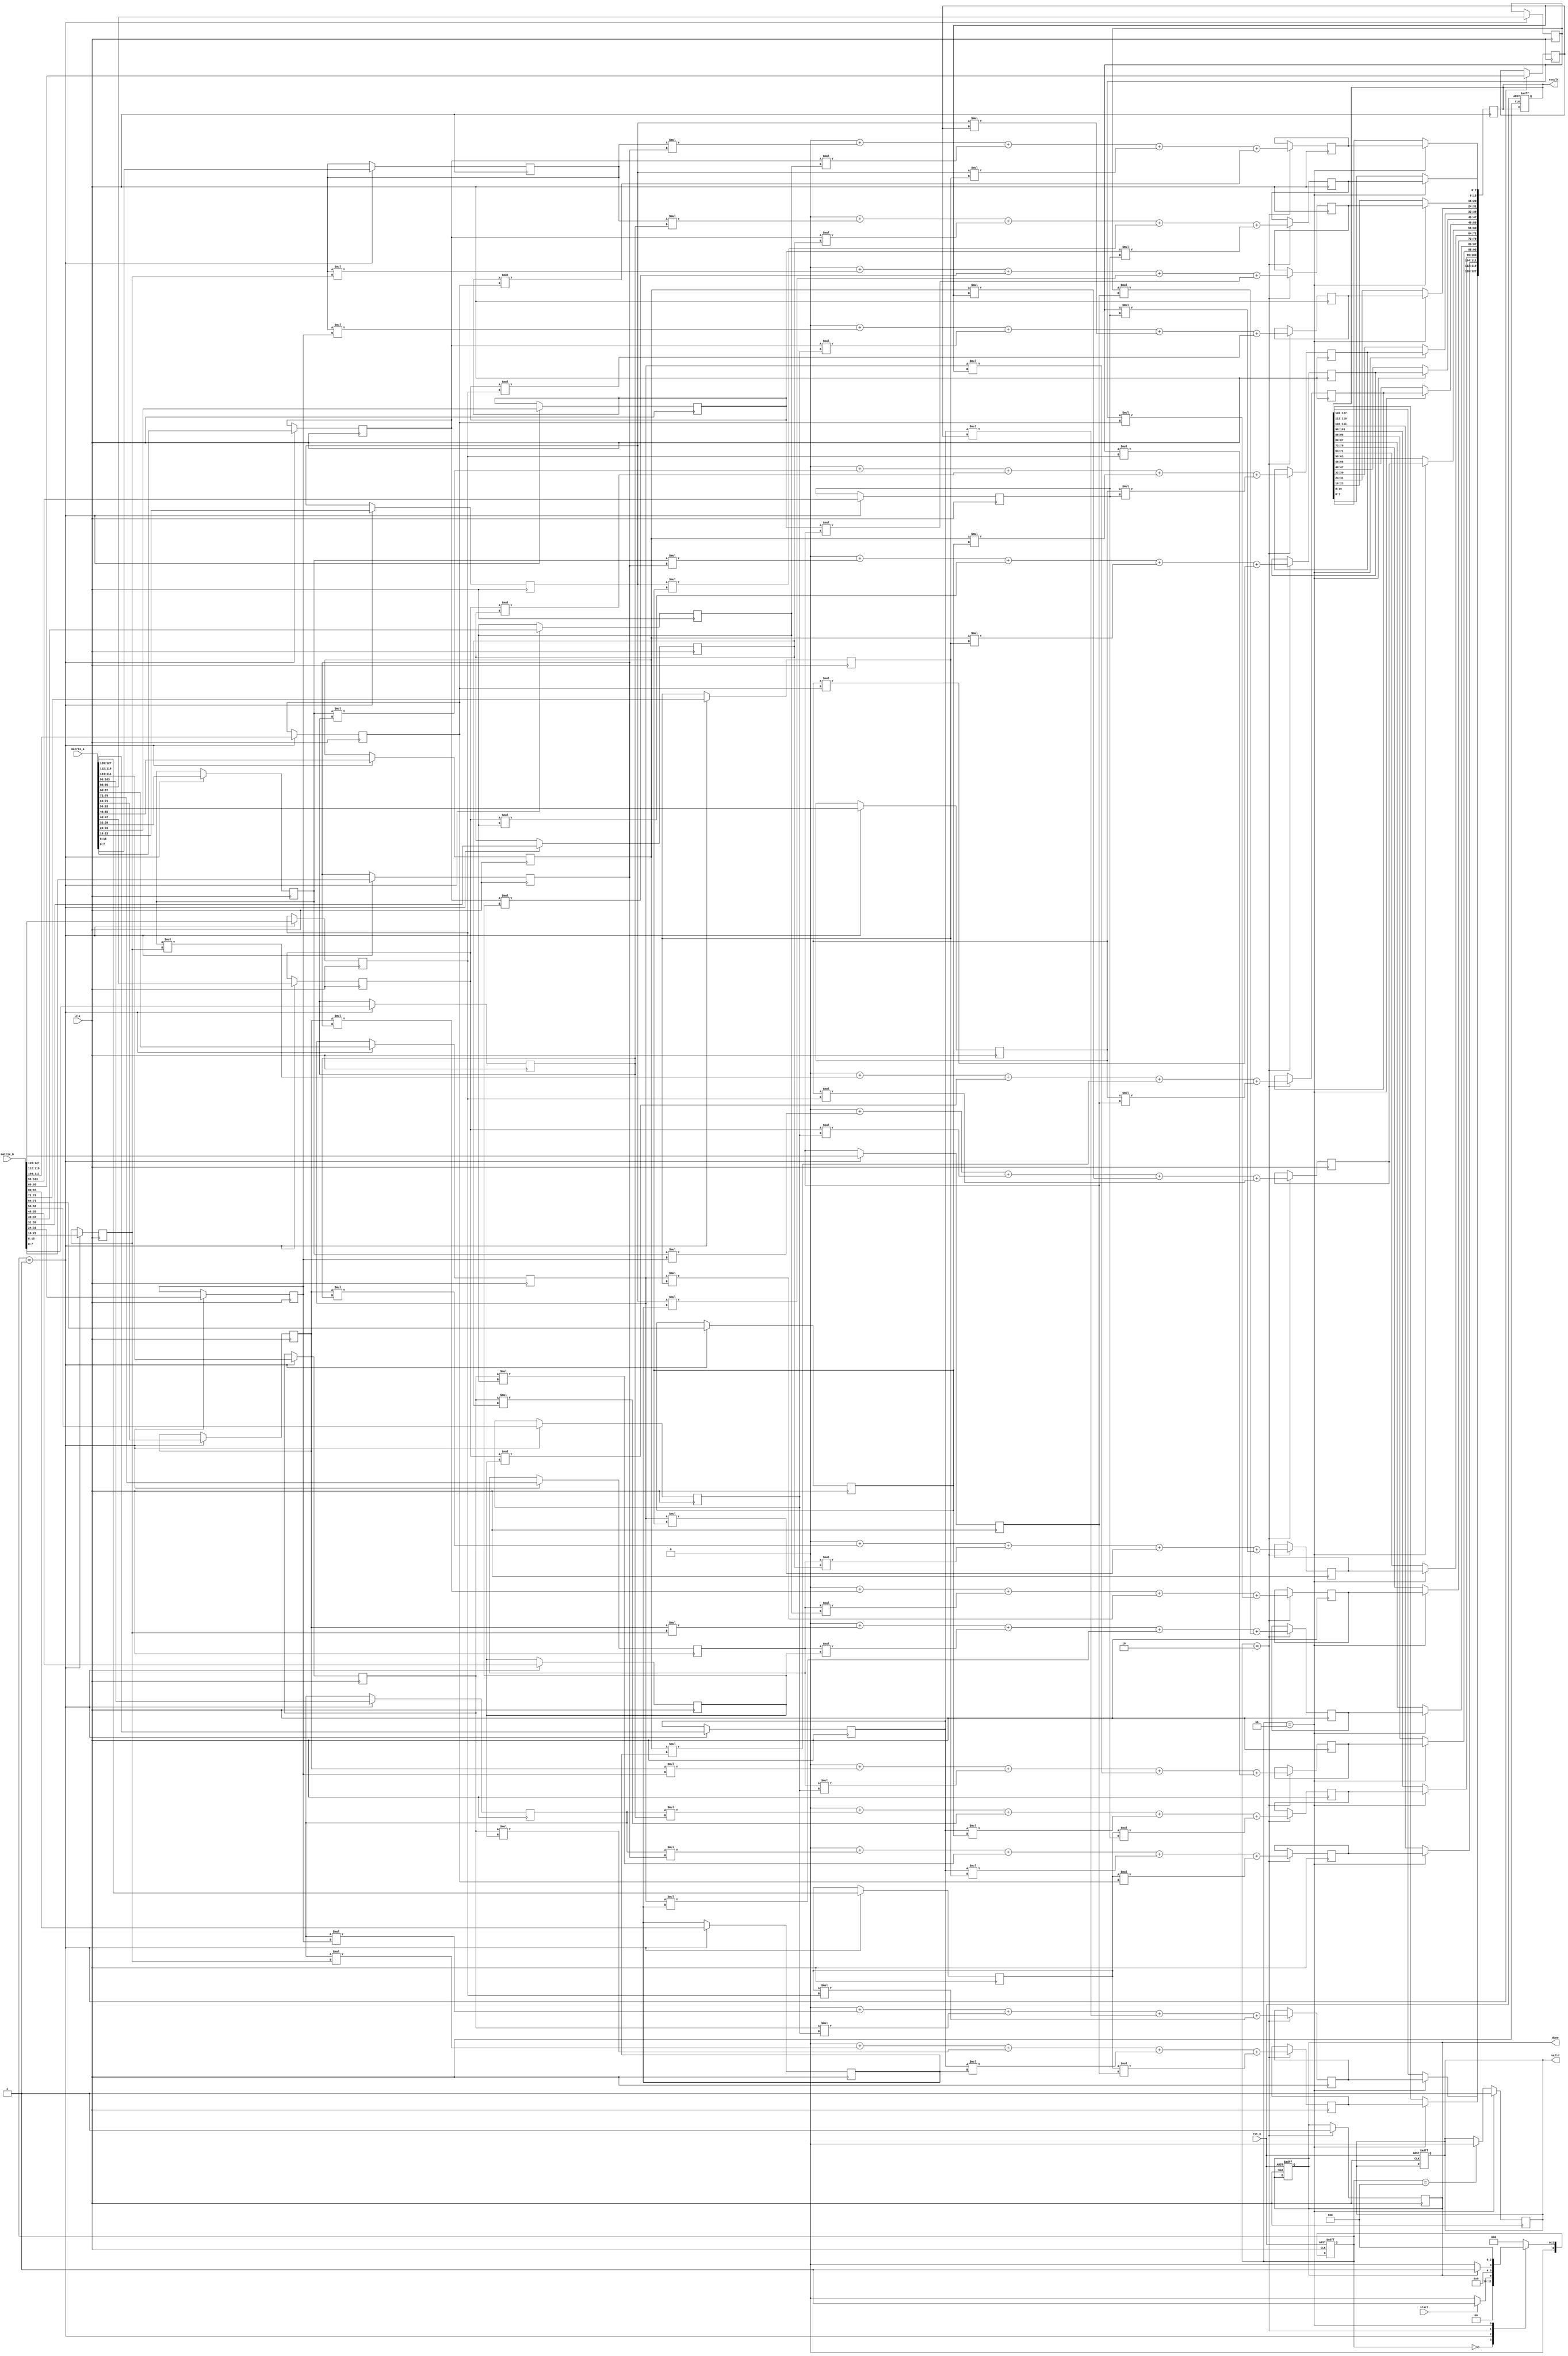
module stencil_multiplier #(
    parameter M = 4,  // Number of rows in the first matrix
    parameter N = 4,  // Number of columns in the first matrix / rows in the second matrix
    parameter P = 4,  // Number of columns in the second matrix
    parameter DATA_WIDTH = 8 // Width of data in bits
)(
    input clk,
    input rst_n, // Active low reset
    input start,
    input [DATA_WIDTH*M*N-1:0] matrix_a, // A matrix (MxN)
    input [DATA_WIDTH*N*P-1:0] matrix_b, // B matrix (NxP)
    output reg [DATA_WIDTH*M*P-1:0] result, // Resultant matrix (MxP)
    output reg valid, // Output valid signal
    output reg done // Operation done signal
);

// Internal signals
reg [DATA_WIDTH-1:0] a [0:M-1][0:N-1]; // Storage for matrix A
reg [DATA_WIDTH-1:0] b [0:N-1][0:P-1]; // Storage for matrix B
reg [DATA_WIDTH-1:0] intermediate [0:M-1][0:P-1]; // Storage for partial results
reg [3:0] state, next_state; // FSM state registers

// FSM state encoding
localparam IDLE = 0, LOAD = 1, MULTIPLY = 2, STORE = 3, DONE = 4;

// Load input matrices into internal storage
integer i, j, k;

always @(posedge clk or negedge rst_n) begin
    if (!rst_n) begin
        state <= IDLE;
        valid <= 0;
        done <= 0;
        result <= 0;
    end else begin
        state <= next_state;
    end
end

// FSM Logic to determine next state
always @(*) begin
    case(state)
        IDLE: begin
            if (start) 
                next_state = LOAD;
            else 
                next_state = IDLE;
        end
        LOAD: begin
            next_state = MULTIPLY;
        end
        MULTIPLY: begin
            if (done) 
                next_state = STORE; 
            else 
                next_state = MULTIPLY;
        end
        STORE: begin
            next_state = DONE;
        end
        DONE: begin
            next_state = IDLE;
        end
        default: next_state = IDLE;
    endcase
end

// Load matrices when in LOAD state
always @(posedge clk) begin
    if (state == LOAD) begin
        for (i = 0; i < M; i = i + 1) begin
            for (j = 0; j < N; j = j + 1) begin
                a[i][j] = matrix_a[(i*N + j) * DATA_WIDTH +: DATA_WIDTH];
            end
        end
        for (i = 0; i < N; i = i + 1) begin
            for (j = 0; j < P; j = j + 1) begin
                b[i][j] = matrix_b[(i*P + j) * DATA_WIDTH +: DATA_WIDTH];
            end
        end
    end
end

// Perform multiplication when in MULTIPLY state
always @(posedge clk) begin
    if (state == MULTIPLY) begin
        done <= 0; // Reset done signal
        for (i = 0; i < M; i = i + 1) begin
            for (j = 0; j < P; j = j + 1) begin
                intermediate[i][j] = 0; // Reset intermediate results
                for (k = 0; k < N; k = k + 1) begin
                    intermediate[i][j] = intermediate[i][j] + (a[i][k] * b[k][j]);
                end
            end
        end
        done <= 1; // Indicate multiplication is done
    end
end

// Store results when in STORE state
always @(posedge clk) begin
    if (state == STORE) begin
        for (i = 0; i < M; i = i + 1) begin
            for (j = 0; j < P; j = j + 1) begin
                result[(i * P + j) * DATA_WIDTH +: DATA_WIDTH] = intermediate[i][j];
            end
        end
        valid <= 1; // Set valid output signal
    end else if (state == DONE) begin
        valid <= 0; // Reset valid signal
    end
end

endmodule